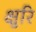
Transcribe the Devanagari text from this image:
क्षुरि